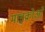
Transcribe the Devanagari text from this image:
माइक्रोअरे